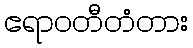
ဧရာဝတီတံတား